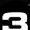
Digit: 3